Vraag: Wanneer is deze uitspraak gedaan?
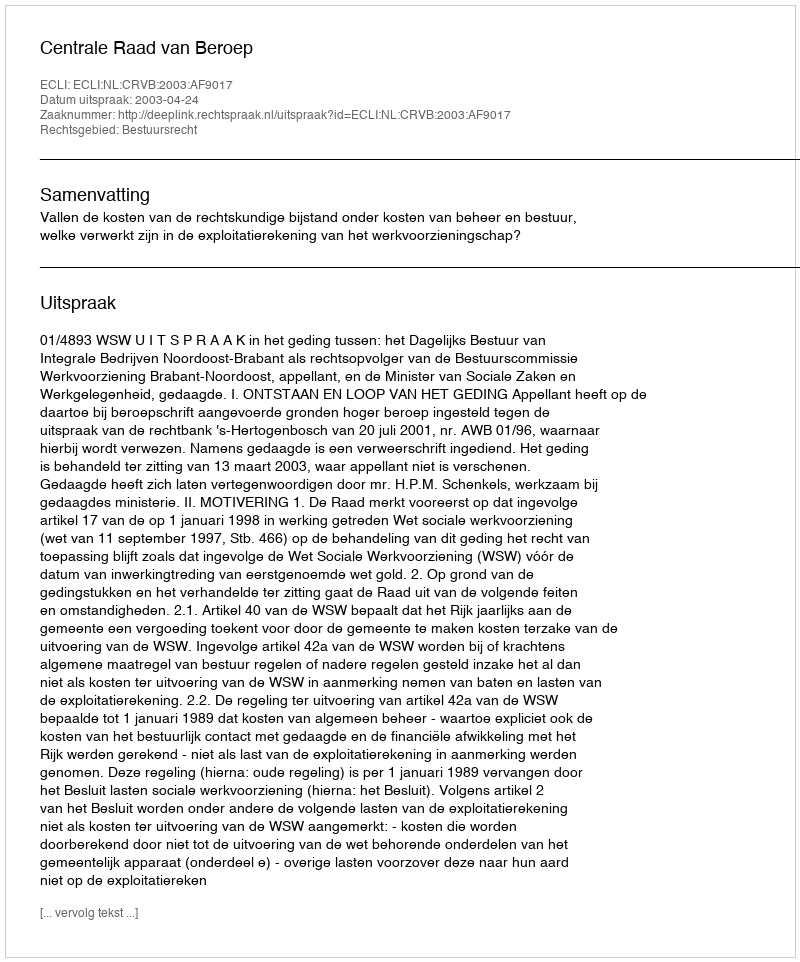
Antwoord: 2003-04-24